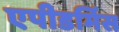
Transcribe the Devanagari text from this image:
एपीडर्मिस